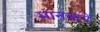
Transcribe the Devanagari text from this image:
मानवानें